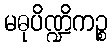
မဓုပိဏ္ဍိကဉ္စ